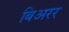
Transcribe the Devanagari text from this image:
बिअरर